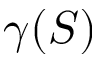
\gamma ( S )